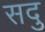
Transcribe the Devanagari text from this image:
सदु